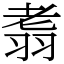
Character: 䎝